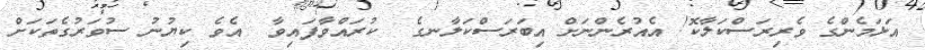
އަޅަމެންގެ ވެރިރަސްކަލާކޮ! އެއުރެންނަށް އިބަރަސްކަލާނގެ  ކުރައްވާފައިވާ  އެވެ ކިޔުނު ސުވަރުގެތަކަށް